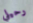
رحيلي